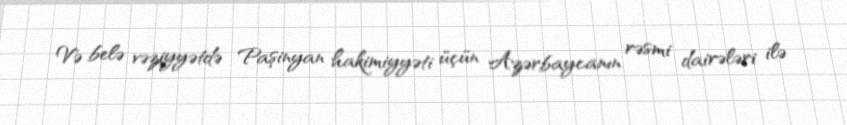
Və belə vəziyyətdə Paşinyan hakimiyyəti üçün Azərbaycanın rəsmi dairələri ilə